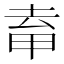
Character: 𭻈